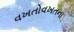
વખતોવખતના